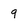
Character: 9